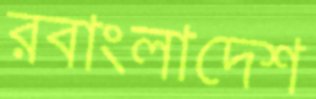
রবাংলাদেশ